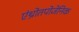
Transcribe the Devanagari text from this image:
एंथ्रोतपोजेनिक